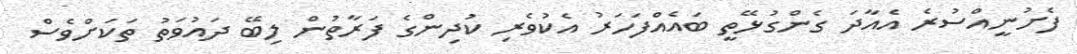
ފެށުނީއްސުރެ އެއާދަ ގެންގުޅޭތީ ބައެއްފަހަރު އެކުވެރި ކުދިންގެ ފަރާތުން ލިބޭ ދައުވަތު ތަކަށްވެސް